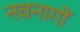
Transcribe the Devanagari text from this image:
नवनागों